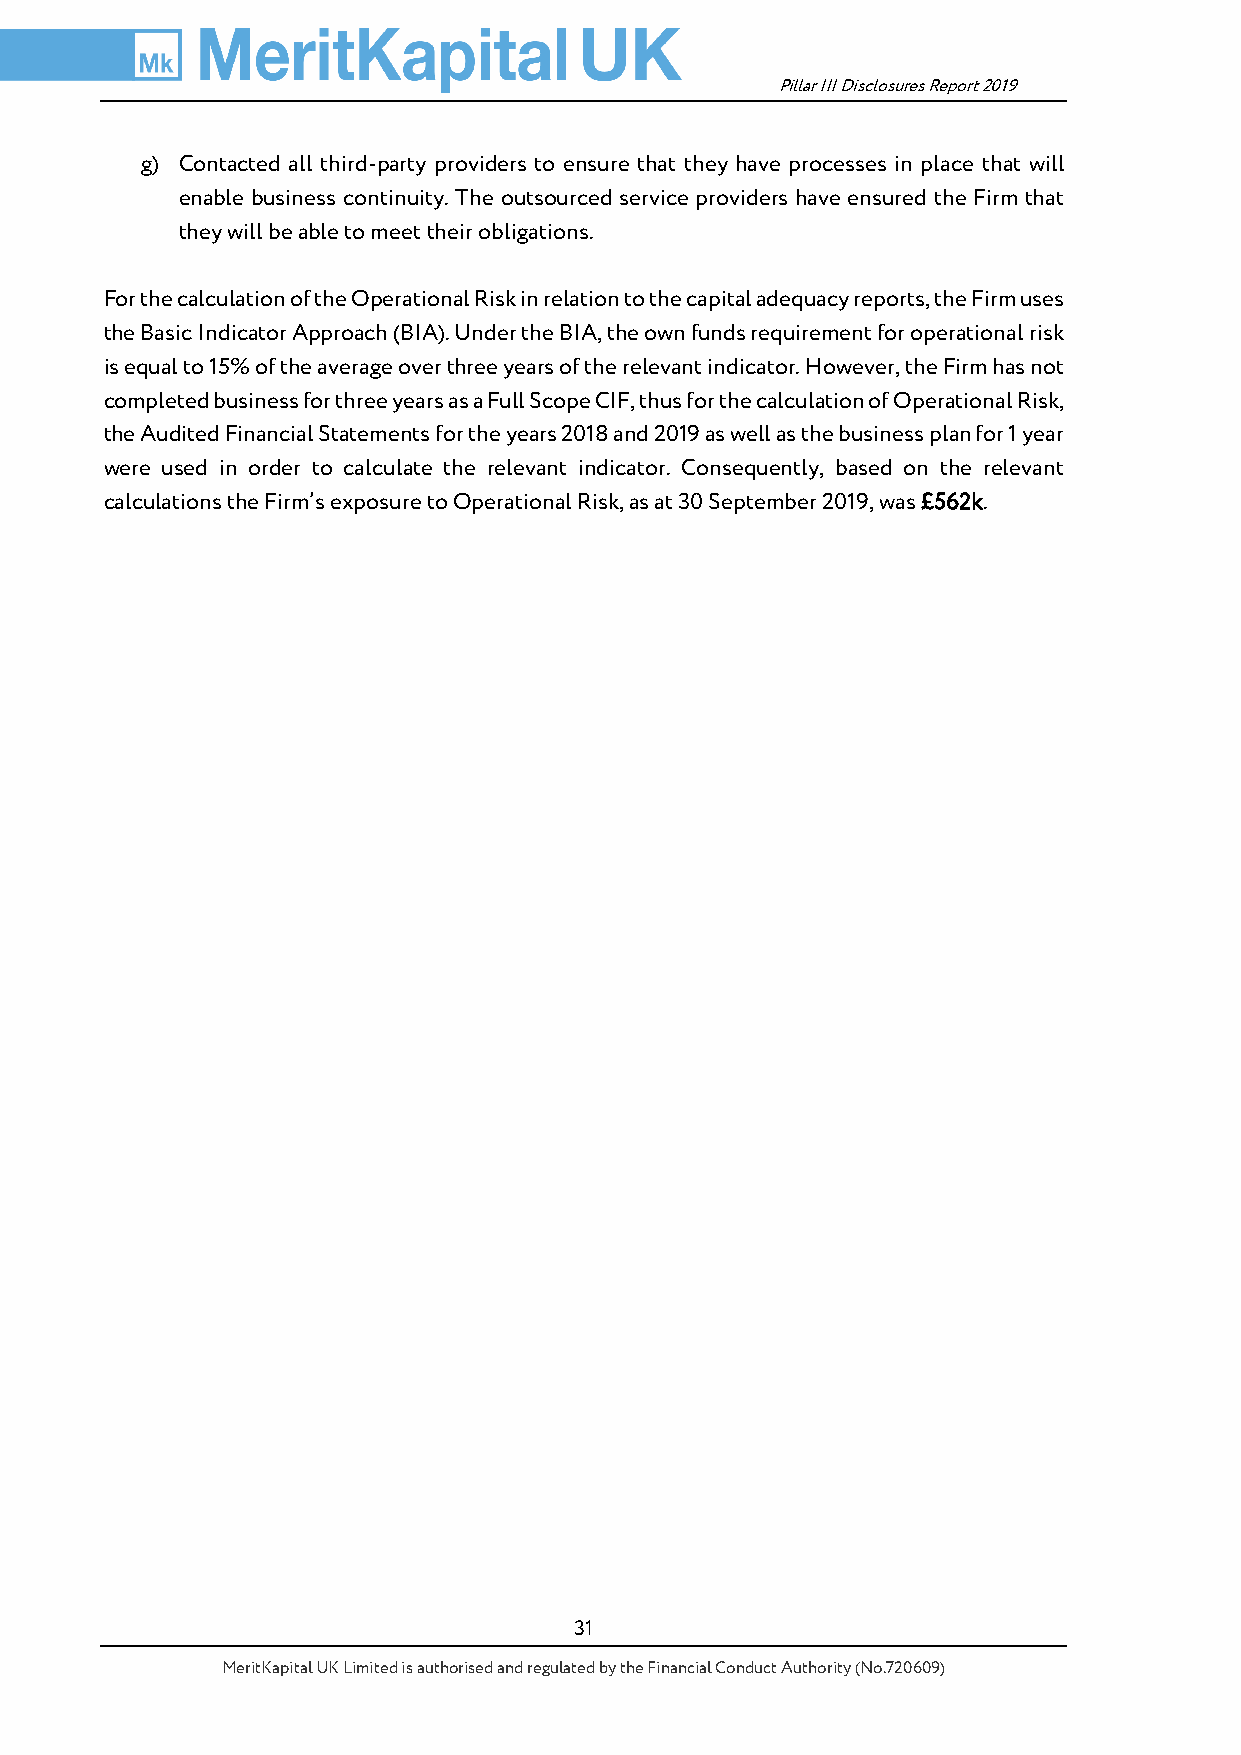
Pillar III Disclosures Report 2019
 g) Contacted all third-party providers to ensure that they have processes in place that will
 enable business continuity. The outsourced service providers have ensured the Firm that
 they will be able to meet their obligations.
 For the calculation of the Operational Risk in relation to the capital adequacy reports, the Firm uses
 the Basic Indicator Approach (BIA). Under the BIA, the own funds requirement for operational risk
 is equal to 15% of the average over three years of the relevant indicator. However, the Firm has not
 completed business for three years as a Full Scope CIF, thus for the calculation of Operational Risk,
 the Audited Financial Statements for the years 2018 and 2019 as well as the business plan for 1 year
 were used in order to calculate the relevant indicator. Consequently, based on the relevant
 calculations the Firm’s exposure to Operational Risk, as at 30 September 2019, was £562k.
 31
 MeritKapital UK Limited is authorised and regulated by the Financial Conduct Authority (No.720609)